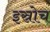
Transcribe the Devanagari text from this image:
इस्रोच